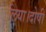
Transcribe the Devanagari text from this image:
लिया।दोषी